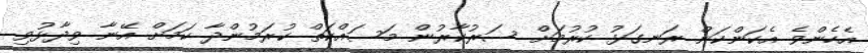
އެހެންވެ އެކަންކަން ރަނގަޅު ކުރުމަށް ސަރުކާރުން މަސައްކަތް ކުރަމުންދާ ކަމަށް އޭނާ ވިދާޅުވި